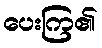
ပေးကြ၏